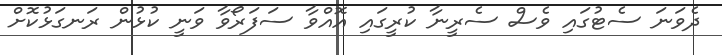
ދެވަނަ ސެޓުގައި ވެސް ސެރީނާ ކުރީގައި އޮއްވާ ސަފަރޯވާ ވަނީ ކުޅުން ރަނގަޅުކޮށް